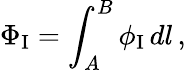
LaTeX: \Phi_{\textup{I}}=\int_{A}^{B}\phi_{\textup{I}}\, dl\, ,